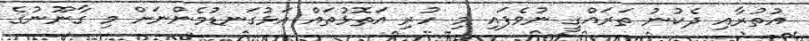
އުތުރާއި ދެކުނު ތަރައްގީ ނުވެފައި މި ހުރި އަތޮޅުތައް އަޅުގަނޑުމެންނަށް މި ގާނޫނުގެ